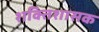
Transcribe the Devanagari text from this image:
शक्तिशासक